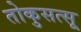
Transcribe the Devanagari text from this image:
तोकुसत्सू